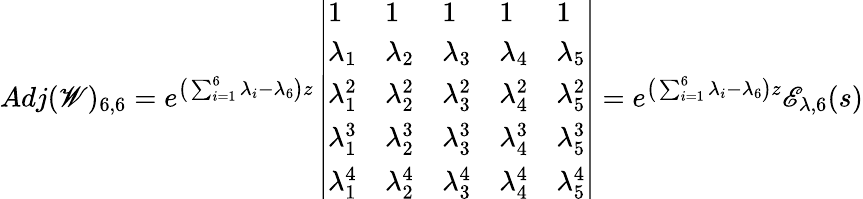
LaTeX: Adj(\mathscr{W})_{6,6}=e^{\big(\sum_{i=1}^{6}\lambda_{i}-\lambda_{6}\big)z}\left|\begin{array}{lllll}{1}&{1}&{1}&{1}&{1}\\ {\lambda_{1}}&{\lambda_{2}}&{\lambda_{3}}&{\lambda_{4}}&{\lambda_{5}}\\ {\lambda_{1}^{2}}&{\lambda_{2}^{2}}&{\lambda_{3}^{2}}&{\lambda_{4}^{2}}&{\lambda_{5}^{2}}\\ {\lambda_{1}^{3}}&{\lambda_{2}^{3}}&{\lambda_{3}^{3}}&{\lambda_{4}^{3}}&{\lambda_{5}^{3}}\\ {\lambda_{1}^{4}}&{\lambda_{2}^{4}}&{\lambda_{3}^{4}}&{\lambda_{4}^{4}}&{\lambda_{5}^{4}}\end{array}\right|=e^{\big(\sum_{i=1}^{6}\lambda_{i}-\lambda_{6}\big)z}\mathscr{E}_{\lambda,6}(s)